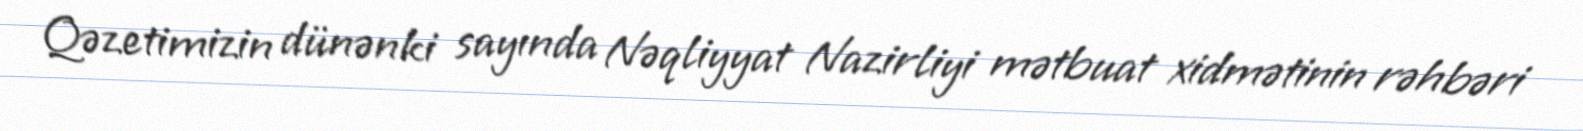
Qəzetimizin dünənki sayında Nəqliyyat Nazirliyi mətbuat xidmətinin rəhbəri